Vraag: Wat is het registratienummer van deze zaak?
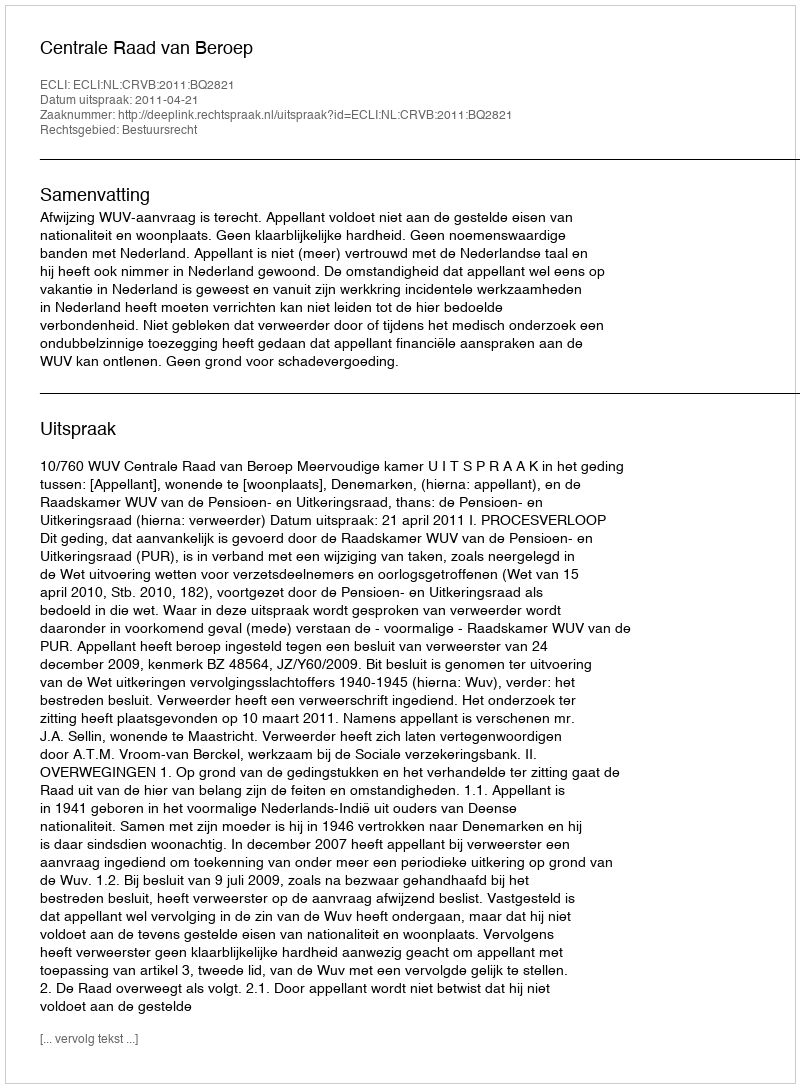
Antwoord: http://deeplink.rechtspraak.nl/uitspraak?id=ECLI:NL:CRVB:2011:BQ2821